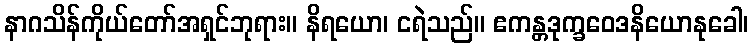
နာဂသိန်ကိုယ်တော်အရှင်ဘုရား။ နိရယော၊ ငရဲသည်။ ဧကန္တဒုက္ခဝေဒနိယောနုခေါ၊